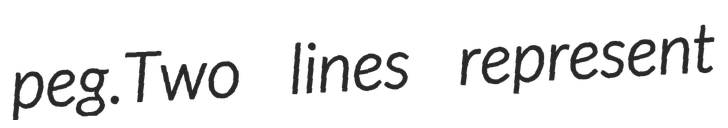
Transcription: peg.Two lines represent